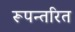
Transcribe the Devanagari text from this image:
रूपन्तरित